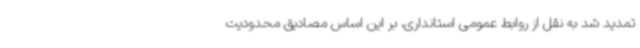
تمدید شد به نقل از روابط عمومی استانداری، بر این اساس مصادیق محدودیت